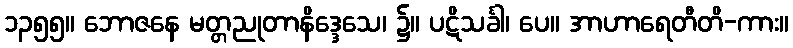
၁၃၅၅။ ဘောဇနေ မတ္တညုတာနိဒ္ဒေသေ၊ ၌။ ပဋိသင်္ခါ၊ ပေ။ အာဟာရေတီတိ-ကား။